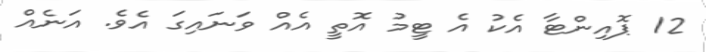
12 ޕޮއިންޓާ އެކު އެ ޓީމު އޮތީ އެއް ވަނައިގަ އެވެ. އަނެއް